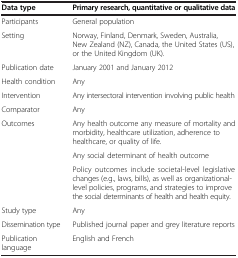
<table><thead><tr><td><b>Data type</b></td><td><b>Primary research, quantitative or qualitative data</b></td></tr></thead><tbody><tr><td>Participants</td><td>General population</td></tr><tr><td>Setting</td><td>Norway, Finland, Denmark, Sweden, Australia, New Zealand (NZ), Canada, the United States (US), or the United Kingdom (UK).</td></tr><tr><td>Publication date</td><td>January 2001 and January 2012</td></tr><tr><td>Health condition</td><td>Any</td></tr><tr><td>Intervention</td><td>Any intersectoral intervention involving public health</td></tr><tr><td>Comparator</td><td>Any</td></tr><tr><td rowspan="3">Outcomes</td><td>Any health outcome any measure of mortality and morbidity, healthcare utilization, adherence to healthcare, or quality of life.</td></tr><tr><td>Any social determinant of health outcome</td></tr><tr><td>Policy outcomes include societal-level legislative changes (e.g., laws, bills), as well as organizational-level policies, programs, and strategies to improve the social determinants of health and health equity.</td></tr><tr><td>Study type</td><td>Any</td></tr><tr><td>Dissemination type</td><td>Published journal paper and grey literature reports</td></tr><tr><td>Publication language</td><td>English and French</td></tr></tbody></table>